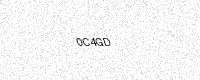
Text: 0C4GD